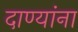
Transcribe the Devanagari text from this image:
दाण्यांना